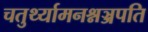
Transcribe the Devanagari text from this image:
चतुर्थ्यामनश्नञ्जपति